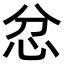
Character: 忿